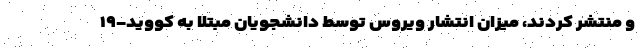
و منتشر کردند،‌ میزان انتشار ویروس توسط دانشجویان مبتلا به کووید-۱۹